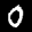
Label: 0